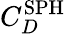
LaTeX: C_{D}^{\mathrm{SPH}}